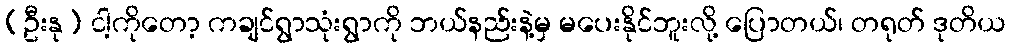
(ဦးနု) ငါ့ကိုတော့ ကချင်ရွာသုံးရွာကို ဘယ်နည်းနဲ့မှ မပေးနိုင်ဘူးလို့ ပြောတယ်၊ တရုတ် ဒုတိယ